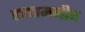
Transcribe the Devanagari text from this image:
हखामनीय